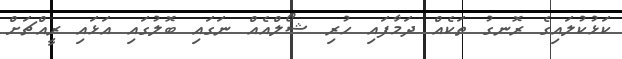
ކަޅުކުލައިގެ ރޮނގު ތަކެއް ދަމާފައި ހުރި ޝޯލްއެއް ނަގައި ބޮލުގައި އަޅައި ރީއްޗަށް